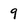
Character: 9